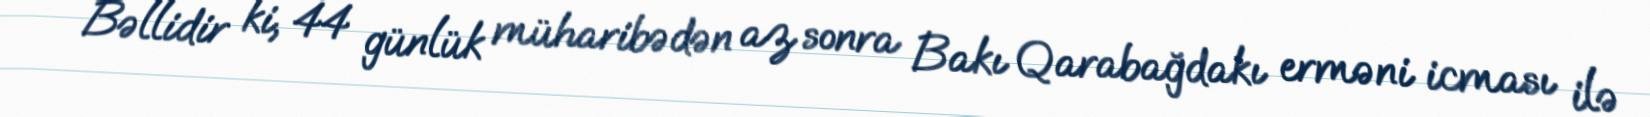
Bəllidir ki, 44 günlük müharibədən az sonra Bakı Qarabağdakı erməni icması ilə